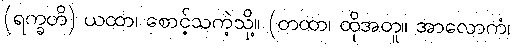
(ရက္ခတိ) ယထာ၊ စောင့်သကဲ့သို့။ (တထာ၊ ထိုအတူ။ အာလောကံ၊